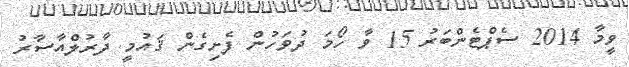
ވީމާ 2014 ސެޕްޓެންބަރު 15 ވާ ހޯމަ ދުވަހުން ފެށިގެން ޤައުމީ ދާރުލްއާސާރު